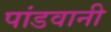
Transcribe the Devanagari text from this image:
पांडवानी